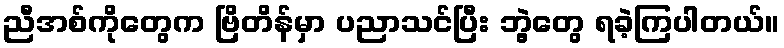
ညီအစ်ကိုတွေက ဗြိတိန်မှာ ပညာသင်ပြီး ဘွဲ့တွေ ရခဲ့ကြပါတယ်။